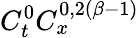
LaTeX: C_{t}^{0}C_{x}^{0,2(\beta-1)}